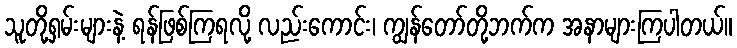
သူတို့ရှမ်းများနဲ့ ရန်ဖြစ်ကြရလို့ လည်းကောင်း၊ ကျွန်တော်တို့ဘက်က အနာများကြပါတယ်။